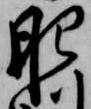
肥